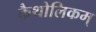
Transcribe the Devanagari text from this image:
कैथोलिकम्